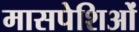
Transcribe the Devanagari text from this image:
मासपेशिओं